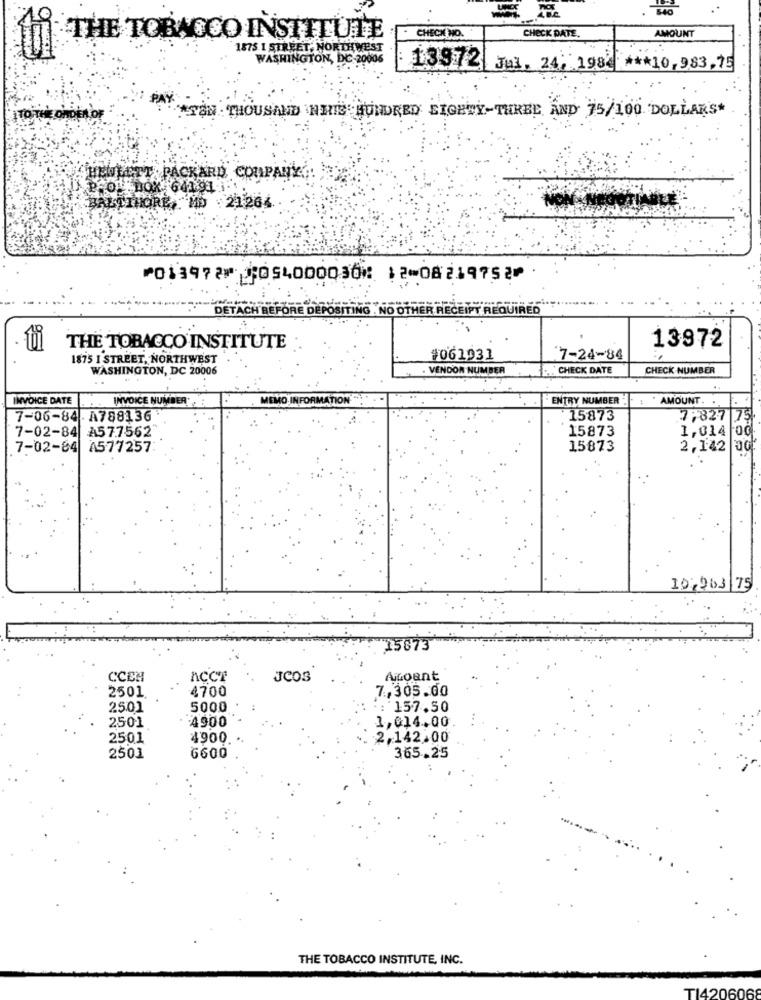
AMOUNT
THE TOBACCO INSTITUTE
CHECK NO.
CHECK DATE.
1875 I STREET, NORTHWEST
WASHINGTON, DC-20006
13972 Jul. 24, 198* *** 10,983,75
ATEN - THOUSAND \NHIS HUNDRED SIGEWY-THREE AND 75/100 DOLLARS*
MOF
HEWLETT PACKARD COMPANY:
BALTIMORE,MD 21264
⑈013972⑈ $054000030⑆ 12⑉08219752⑈
DETACH BEFO
OSITING . NO OTHER RECEIPT REQUIRED
THE TOBACCO INSTITUTE
13972
1875 I STREET, NORTHWEST
#061031
7-24-84
WASHINGTON, DC 20006
VENDON NUMBER
CHECK DATE
CHECK NUMBER
INVOICE DATE
INVOICE NUMBER
MEMO INFORMATION :
ENTRY NUMBER
AMOUNT. .
7-06-84 . A788136
15873
7,827 75
15873
1,014 00
7-02-84 A577562
7-02-84 A577257
15873
2,142
10:003 75
15673
CCEN
Accr
JCOS
Aroant
2501
4700
7,305.00
2501
5000
:: 157.50
2501
4900
1,@14.00
2501
4900
2,142.00
365.25
2503
6600
THE TOBACCO INSTITUTE, INC.
TI4206068